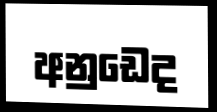
අනුඩෙද